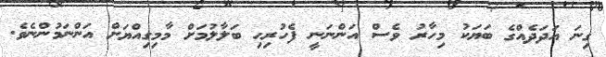
ގިނަ އަދަދެއްގެ ބަޔަކު މިހާރު ވެސް އަންނަނީ ފެހުރިހި ބަލާލުމަށް މާމިގިއްޔަށް އަންނަމުންނެވެ.